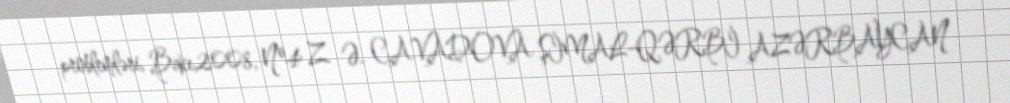
problemləri, Bakı,2008, №4 Z. Ə. CAVADOVA ŞİMAL-QƏRBİ AZƏRBAYCAN